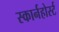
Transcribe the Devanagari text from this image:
स्कार्नहोर्स्ट